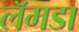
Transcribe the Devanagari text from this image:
लॅमडा